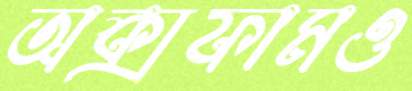
অক্সফামও